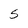
Character: 5